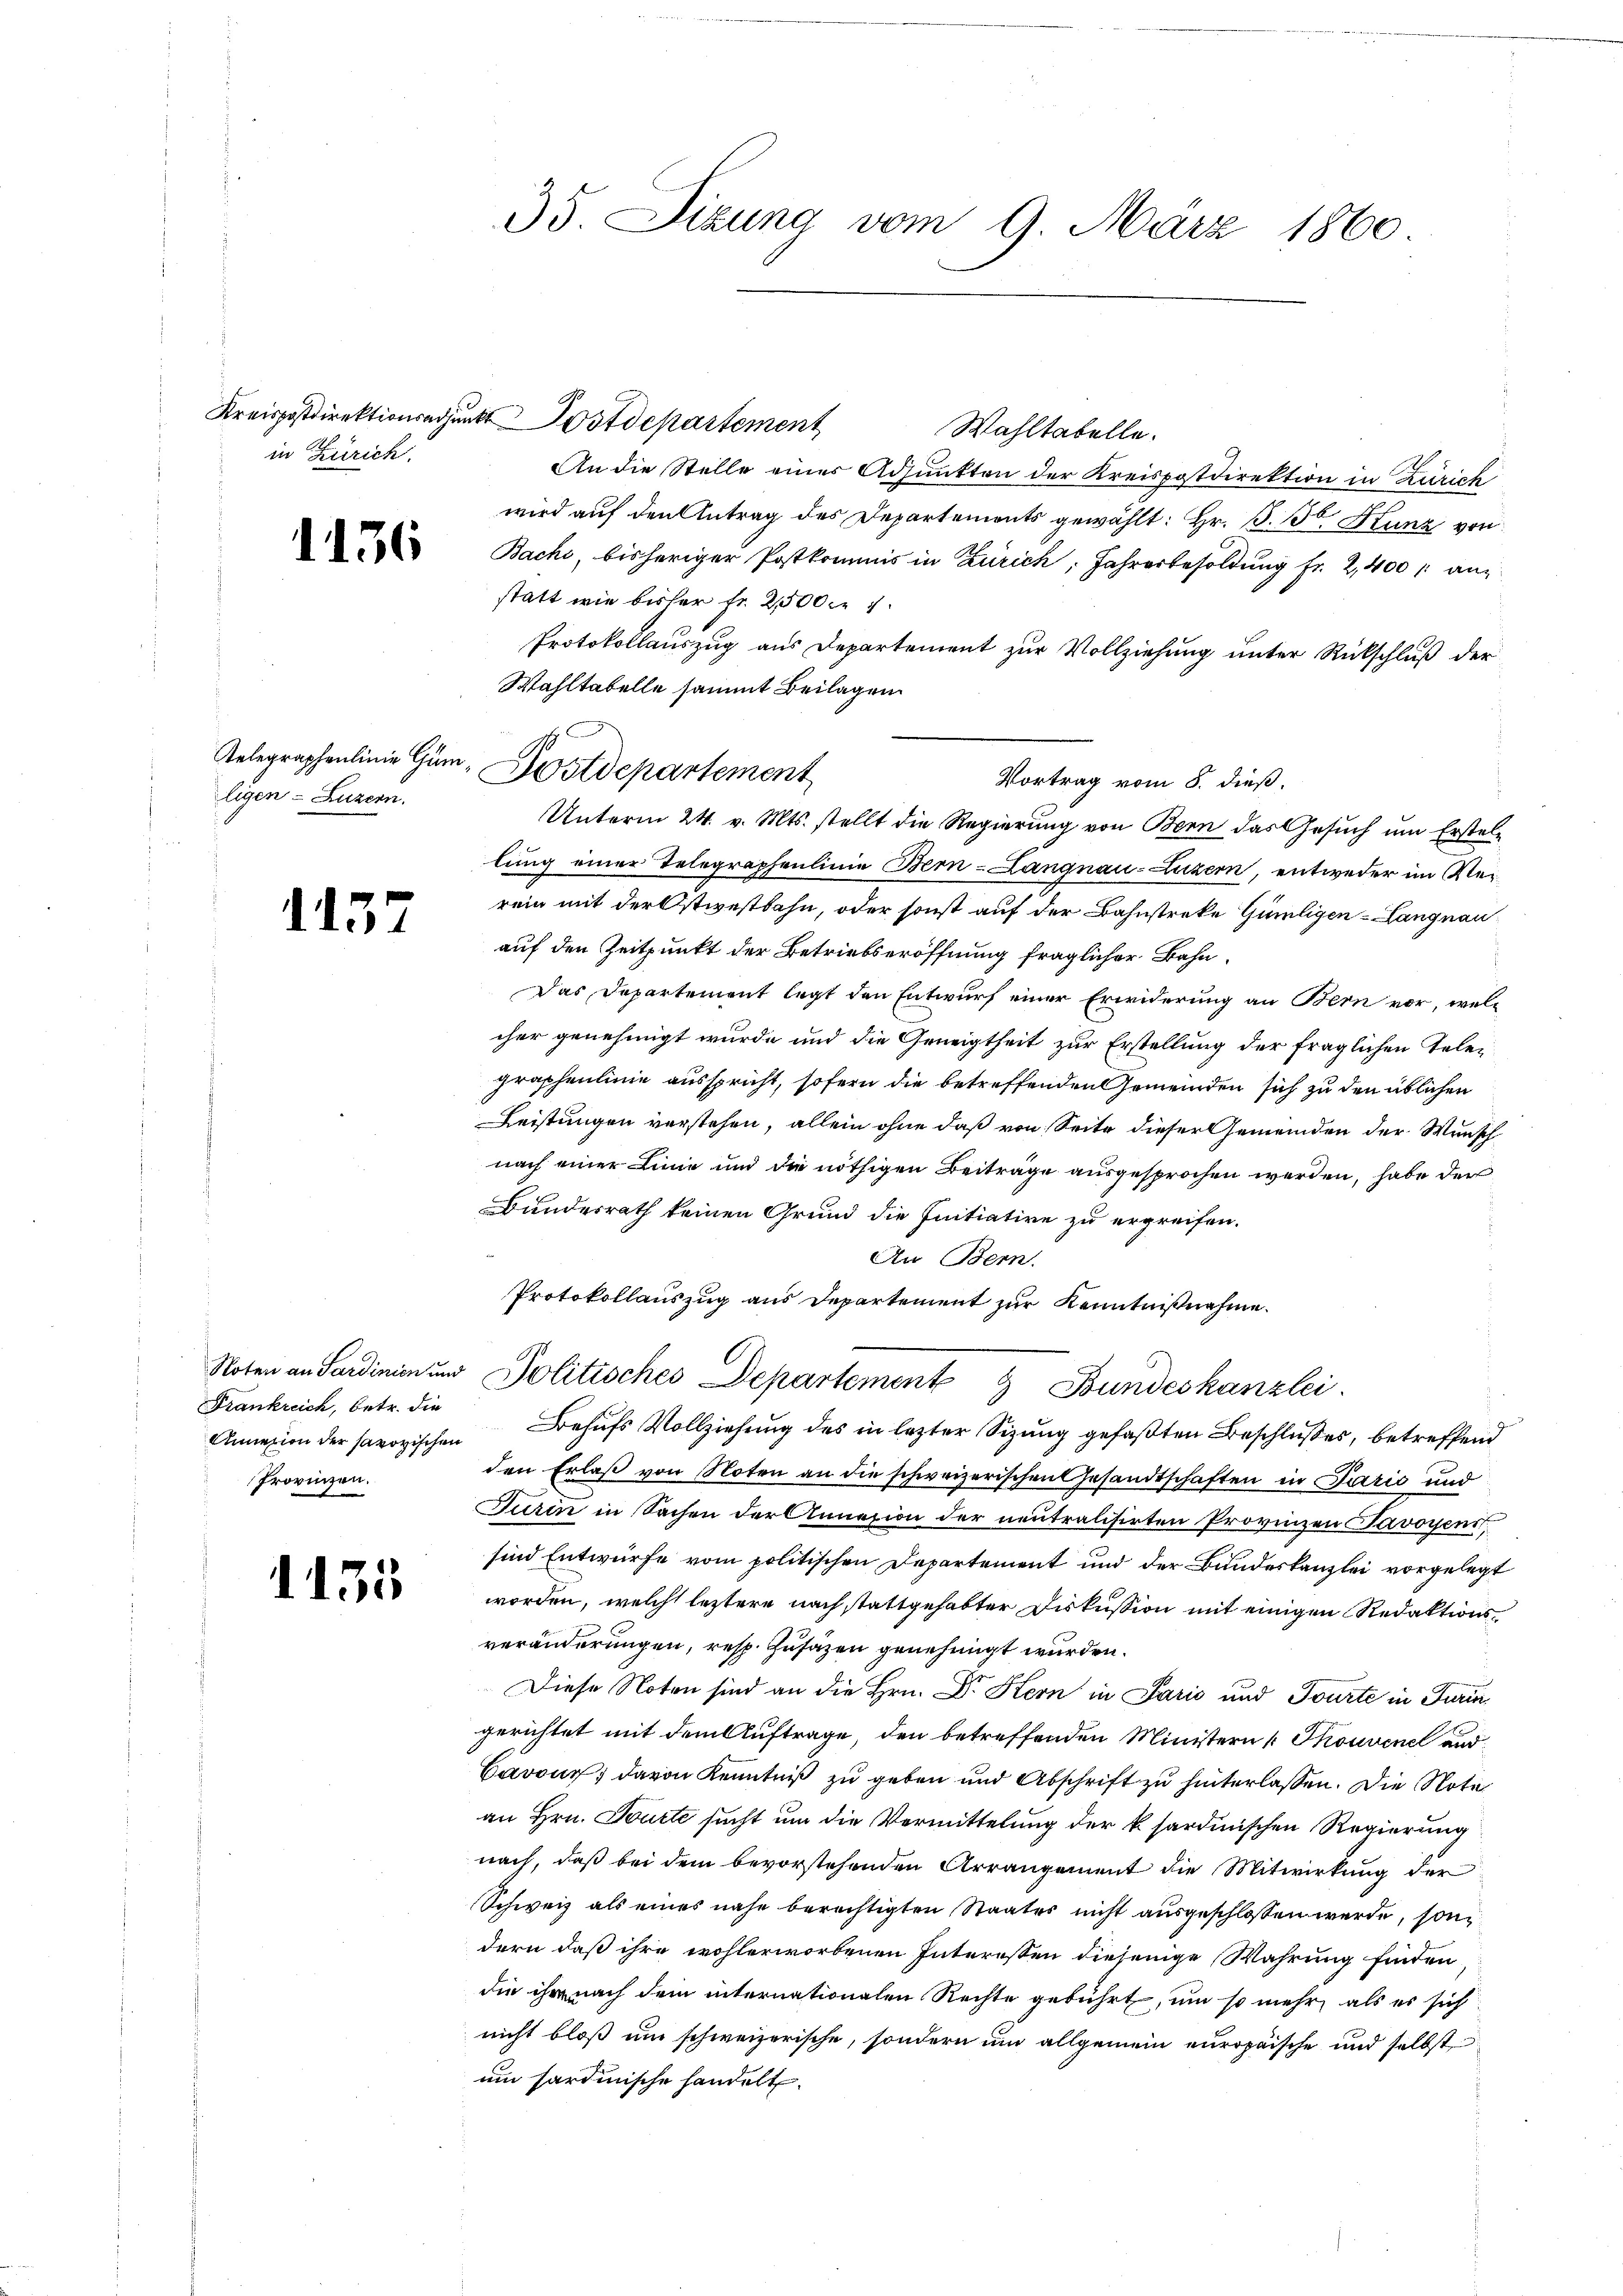
in Zürich.

1136

ligen - Luzern.

115

Noten an Sardinien und
Frankreich, betr. die
Provinzen.

1155

35. Sizung vom 9. März 1860

Wahltabelle.
An die Stelle einer Adjunkten der Kreispostdirektion in Zürich
wird auf den Antrag des Departements gewählt: Hr. S. B. Kunz von
Bachi, bisheriger Postkommis in Zürich: Jahresbesoldung Fr. 2,400 anstatt wie bisher Fr. 2500 n 1.
Protokollauszug aus Departement zur Vollziehung unter Rückschluß der
Wahltabelle sammt Beilagen
lung einer Telegraphenlinie Bern-Langnau-Luzern, entweder im Rerein mit der Ostwestbahn, oder sonst auf der Bahnstreke Gümligen - Langnau
auf den Zeitpunkt der Betriebseröffnung fraglicher Bahn¬
Das Departement legt den Entwurf einer Erwiderung an Bern vor, welcher genehmigt wurde und die Geneigtheit zur Erstellung der fraglichen Telegraphenlinie ausspricht, sofern die betreffenden Gemeinden sich zu den üblichen
Leistungen verstehen, allein ohne daß von Seite dieser Gemeinden der Wunsch
nach einer Linie und die nöthigen Beiträge ausgesprochen werden, habe der
Bundesrath keinen Grund die Initiative zu ergreifen.
An Bern.
Protokollauszug aus Departement zur Kenntnißnahme.
Politisches Departement 9 Bundeskanzlei.
Annexion der savoyischen Behufs Vollziehung des in lezter Sizung gefaßten Beschlußes, betreffend
den Erlaß von Noten an die schweizerischen Gesandtschaften in Parić und
Turin in Sachen der Annazion der neutralisirten Provinzen Javoyenst,
sind Entwürfe vom politischen Departement und der Bundeskanzlei vorgelegt
worden, welch leztere nach stattgehabter Diskussion mit einigen Redaktionsveränderungen, resp. Zusäzen genehmigt wurden.
Diese Noten sind an die Hrn. Dr. Hern in Paris und Tourte in Turin
gerichtet mit dem Auftrage, den betreffenden Ministern [Thouvene and
Cavour; davon Kenntniß zu geben und Abschrift zu hinterlassen. Die Note
an Hrn. Tourte sucht um die Vermittelung der k sardinischen Regierung
nach, daß bei dem bevorstehenden Arrangement die Mitwirkung der
Schweiz als eines nahe berechtigten Staates nicht ausgeschlossen werde, sondern daß ihre wohlerworbenen Interessen diejenige Wahrung finden,
die ihr nach dem internationalen Rechte gebührt, um so mehr, als es sich
nicht bloß um schweizerische, sondern um allgemein europäische und selbst
um hardinische handelt.

Kreispostdirektionsgunst Postdepartement

Gelegraphenlinie Gum, Postdepartement
Vortrag vom 8. dieß,
Unterm 24. v. Mts. stellt die Regierung von Bern das Gesuch um Erstel¬